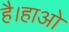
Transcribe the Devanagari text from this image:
है।हाओ